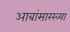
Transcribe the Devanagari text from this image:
आबांसारख्या